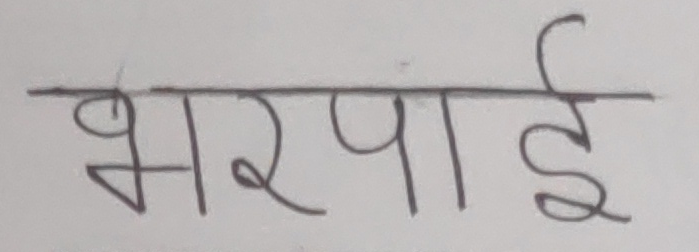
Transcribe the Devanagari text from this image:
भरपाई